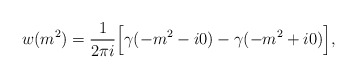
\begin{align*}w(m^2) = \frac{1}{2\pi i} \Bigl[ \gamma(-m^2 - i0) - \gamma(-m^2 + i0) \Bigr] ,\end{align*}